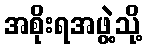
အစိုးရအဖွဲ့သို့